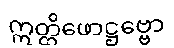
ဣတ္ထိဖောဋ္ဌဗ္ဗော